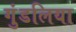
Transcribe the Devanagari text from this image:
गुंडलिया